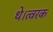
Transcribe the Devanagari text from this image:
थे।त्वरक